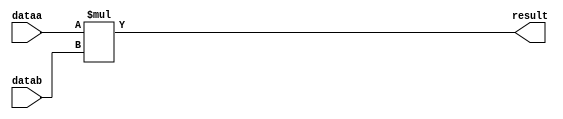
module multiplier (
	dataa,
	datab,
	result);

	input	[7:0]  dataa;
	input	[7:0]  datab;
	output	[15:0]  result;

    assign result = dataa*datab;


endmodule

// This is a single processing element in the matrix multiply unit.

// Inputs:
//
// clk -- global clk signal
// active -- if high, we are performing multiplies and passing values
// datain -- 8-bit datain (matrix element)
// win -- 8-bit weight value
// sumin -- sum input from previous element in array
// wwrite -- control update of internal weight

// Outputs:
//
// maccout -- datain * weight + sumin
// dataout -- pass datain to the right

module pe(
    input clk,
    input active,
    input signed [7:0] datain,
    input signed [7:0] win,
    input signed [15:0] sumin,
    input wwrite,

    output reg signed [15:0] maccout,
    output reg signed [7:0] dataout,
    output reg signed [7:0] wout,
    output reg wwriteout,
    output reg activeout
);

    reg signed [15:0] maccout_c;
    reg signed [7:0] dataout_c, wout_c;
    reg signed [7:0] weight, weight_c;
    reg wwriteout_c, activeout_c;

    wire [15:0] mult_result;
    // Combinational Multiplier Instantiation
    multiplier mult (
        .dataa (datain),
        .datab (weight),
        .result(mult_result)
    );

    always @(*) begin

        activeout_c = active;
        if (active == 1'b1) begin
            dataout_c = datain;
            maccout_c = sumin + (mult_result);
        end // if (active == 1'b1)

        else begin
            // If not active, stall pipeline. We may have run out of memory to feed
            // or store data going into and coming out of systolic array.
            // NOT SURE IF STALL IDEA WILL WORK
            dataout_c = dataout;
            maccout_c = maccout;
        end // else

    end // always @(active or datain or sumin)

    always @(*) begin

        wwriteout_c = wwrite;
        if ((wwrite == 1'b1) || (wwriteout == 1'b1)) begin
            weight_c    = win;
            wout_c      = weight;
        end // if (wwrite == 1'b1)

        else begin
            weight_c = weight;
            wout_c = 8'hAA;
        end // else

    end //always @(win or wwrite)

    always @(posedge clk) begin

        maccout   <= maccout_c;
        dataout   <= dataout_c;
        weight    <= weight_c;
        wout      <= wout_c;
        wwriteout <= wwriteout_c;
        activeout <= activeout_c;

    end // always @(posedge clk)

endmodule // pe